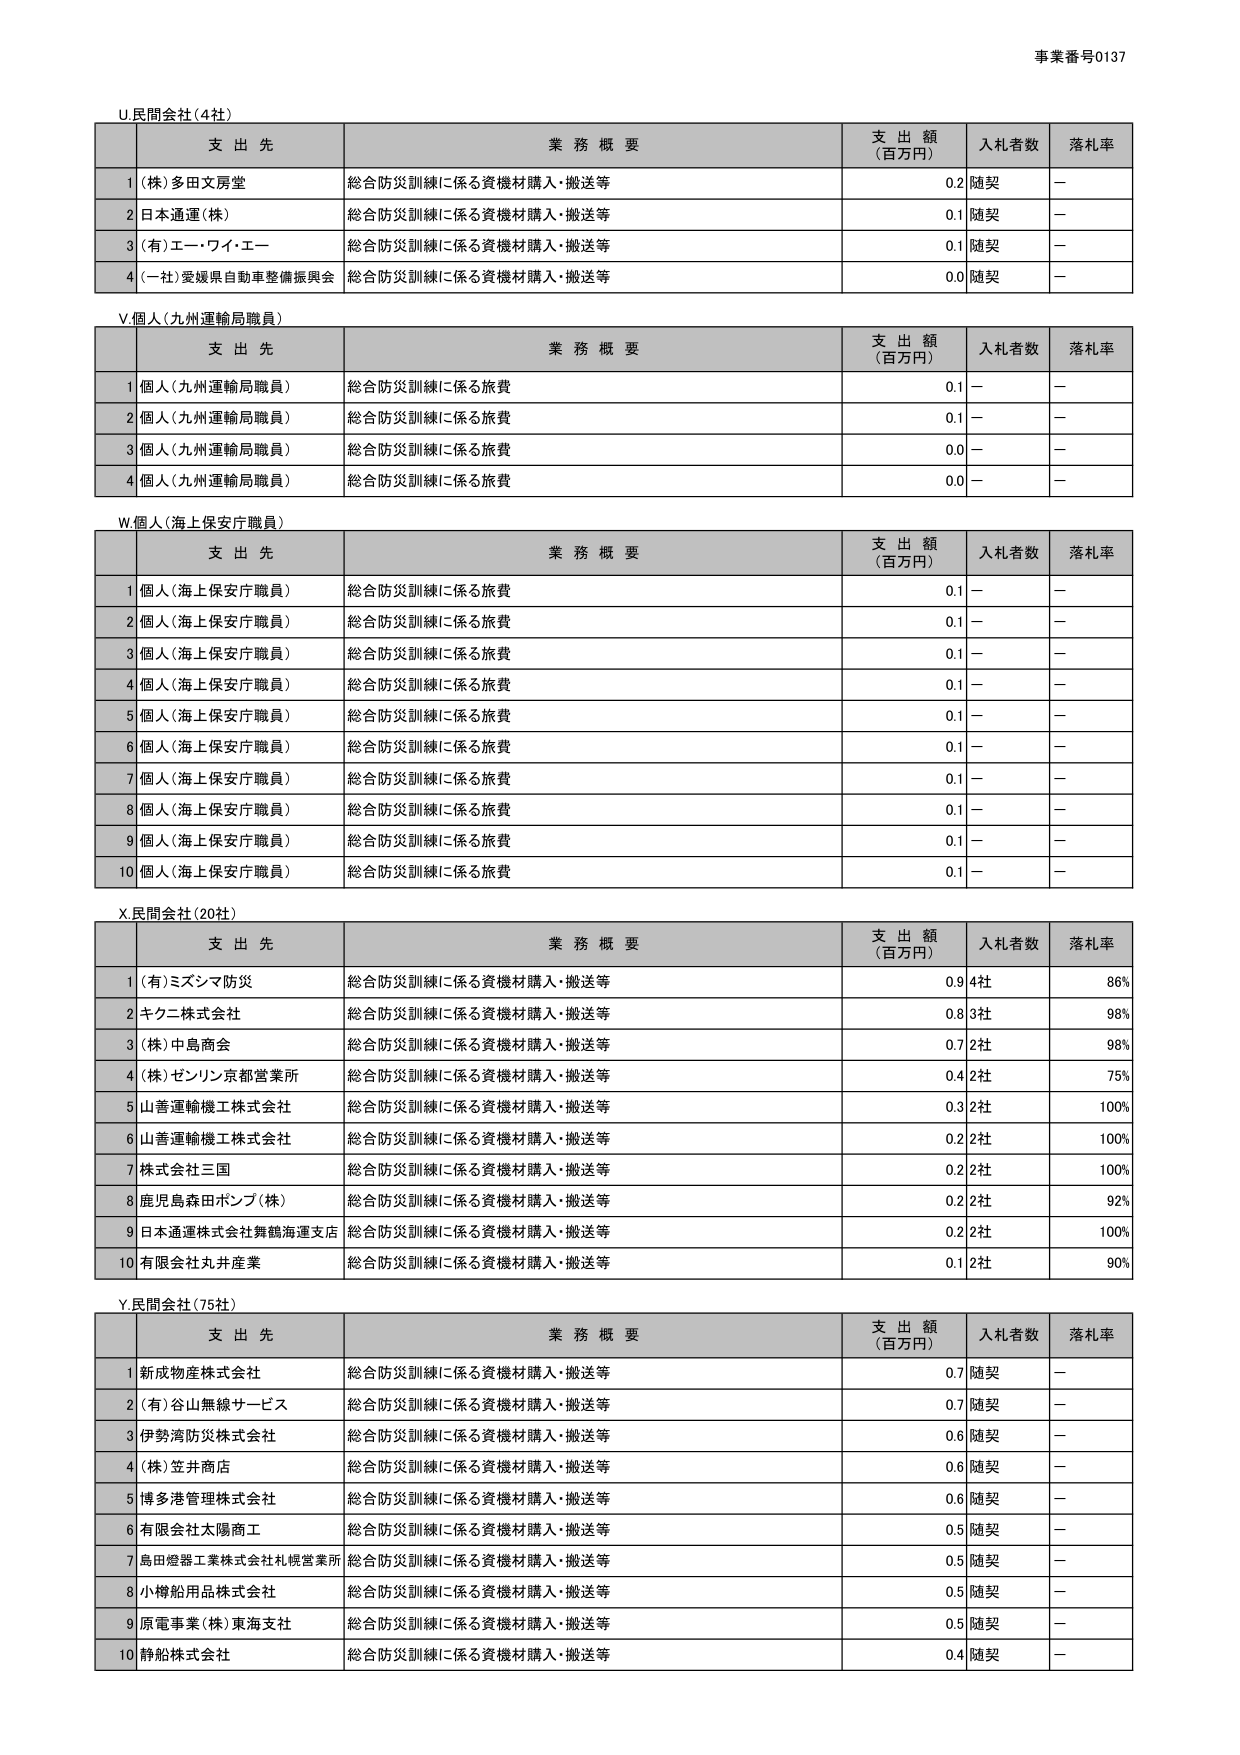
事業番号0137

U民間会社（4社）

支 出 先 業 務 概 要 支 出 額 （百万円） 入札者数 落札率
1（株）多田文房堂 総合防災訓練に係る資機材購入・搬送等 0.2 随契 －
2日本通運（株） 総合防災訓練に係る資機材購入・搬送等 0.1 随契 －
3（有）エー・ワイ・エー 総合防災訓練に係る資機材購入・搬送等 0.1 随契 －
4（一社）愛媛県自動車整備振興会 総合防災訓練に係る資機材購入・搬送等 0.0 随契 －

V個人（九州運輸局職員）

支 出 先 業 務 概 要 支 出 額 （百万円） 入札者数 落札率
1個人（九州運輸局職員） 総合防災訓練に係る旅費 0.1 － －
2個人（九州運輸局職員） 総合防災訓練に係る旅費 0.1 － －
3個人（九州運輸局職員） 総合防災訓練に係る旅費 0.0 － －
4個人（九州運輸局職員） 総合防災訓練に係る旅費 0.0 － －

W個人（海上保安庁職員）

支 出 先 業 務 概 要 支 出 額 （百万円） 入札者数 落札率
1個人（海上保安庁職員） 総合防災訓練に係る旅費 0.1 － －
2個人（海上保安庁職員） 総合防災訓練に係る旅費 0.1 － －
3個人（海上保安庁職員） 総合防災訓練に係る旅費 0.1 － －
4個人（海上保安庁職員） 総合防災訓練に係る旅費 0.1 － －
5個人（海上保安庁職員） 総合防災訓練に係る旅費 0.1 － －
6個人（海上保安庁職員） 総合防災訓練に係る旅費 0.1 － －
7個人（海上保安庁職員） 総合防災訓練に係る旅費 0.1 － －
8個人（海上保安庁職員） 総合防災訓練に係る旅費 0.1 － －
9個人（海上保安庁職員） 総合防災訓練に係る旅費 0.1 － －
10個人（海上保安庁職員） 総合防災訓練に係る旅費 0.1 － －

X民間会社（20社）

支 出 先 業 務 概 要 支 出 額 （百万円） 入札者数 落札率
1（有）ミズシマ防災 総合防災訓練に係る資機材購入・搬送等 0.9 4社 86%
2キクニ株式会社 総合防災訓練に係る資機材購入・搬送等 0.8 3社 98%
3（株）中島商会 総合防災訓練に係る資機材購入・搬送等 0.7 2社 98%
4（株）ゼンリン京都営業所 総合防災訓練に係る資機材購入・搬送等 0.4 2社 75%
5山善運輸機工株式会社 総合防災訓練に係る資機材購入・搬送等 0.3 2社 100%
6山善運輸機工株式会社 総合防災訓練に係る資機材購入・搬送等 0.2 2社 100%
7株式会社三国 総合防災訓練に係る資機材購入・搬送等 0.2 2社 100%
8鹿児島森田ポンプ（株） 総合防災訓練に係る資機材購入・搬送等 0.2 2社 92%
9日本通運株式会社舞鶴海運支店 総合防災訓練に係る資機材購入・搬送等 0.2 2社 100%
10有限会社丸井産業 総合防災訓練に係る資機材購入・搬送等 0.1 2社 90%

Y民間会社（75社）

支 出 先 業 務 概 要 支 出 額 （百万円） 入札者数 落札率
1新成物産株式会社 総合防災訓練に係る資機材購入・搬送等 0.7 随契 －
2（有）谷山無線サービス 総合防災訓練に係る資機材購入・搬送等 0.7 随契 －
3伊勢湾防災株式会社 総合防災訓練に係る資機材購入・搬送等 0.6 随契 －
4（株）笠井商店 総合防災訓練に係る資機材購入・搬送等 0.6 随契 －
5博多港管理株式会社 総合防災訓練に係る資機材購入・搬送等 0.6 随契 －
6有限会社太陽商工 総合防災訓練に係る資機材購入・搬送等 0.5 随契 －
7島田燈器工業株式会社札幌営業所 総合防災訓練に係る資機材購入・搬送等 0.5 随契 －
8小樽船用品株式会社 総合防災訓練に係る資機材購入・搬送等 0.5 随契 －
9原電事業（株）東海支社 総合防災訓練に係る資機材購入・搬送等 0.5 随契 －
10静船株式会社 総合防災訓練に係る資機材購入・搬送等 0.4 随契 －